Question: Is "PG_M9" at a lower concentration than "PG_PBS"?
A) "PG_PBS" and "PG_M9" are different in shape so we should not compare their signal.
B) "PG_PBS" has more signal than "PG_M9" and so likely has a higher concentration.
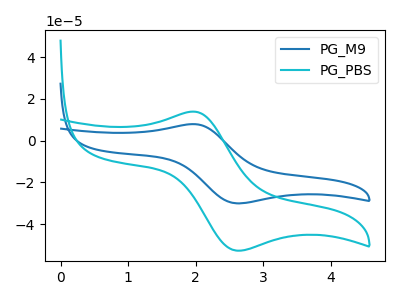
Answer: <think>The blue curve "PG_M9" has an anodic peak at (1.95V, 7.95uA) and a cathodic peak at (2.60V, -30.05uA). The cyan curve "PG_PBS" has an anodic peak at (1.95V, 13.90uA) and a cathodic peak at (2.60V, -52.70uA).
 All the peaks in "PG_PBS" have a peak in "PG_M9" at the same potential. Every peak in "PG_PBS" is higher than every peak in "PG_M9".</think>
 <answer>B) "PG_PBS" has more signal than "PG_M9" and so likely has a higher concentration.</answer>
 <eval>B</eval>